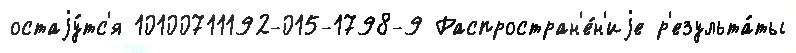
остаjу́тс'я 10100711192-015-1798-9 Распростран'е́н'иjе р'езульта́ты